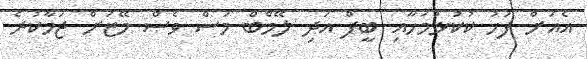
އެއަށް ފަހު ކުކުޅުމަހާއި ބީފް އަދި ލޭމްބް މަސް ވެސް މޭޒަށް ޖަމާކުރެ